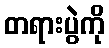
တရားပွဲကို